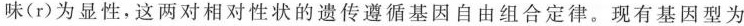
味(r)为显性，这两对相对性状的遗传遵循基因自由组合定律。现有基因型为